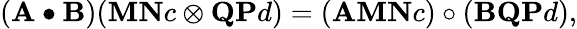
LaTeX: (\mathbf{A}\bullet\mathbf{B})(\mathbf{M}\mathbf{N}c\otimes\mathbf{Q}\mathbf{P}d)=(\mathbf{A}\mathbf{M}\mathbf{N}c)\circ(\mathbf{B}\mathbf{Q}\mathbf{P}d),